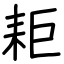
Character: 耟